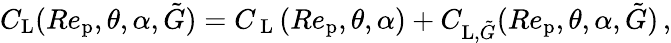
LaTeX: C_{\textup{L}}(Re_{\textup{p}},\theta,\alpha,\tilde{G})=C_{\mathrm{~L~}}(Re_{\textup{p}},\theta,\alpha)+C_{\textup{L},\tilde{G}}(Re_{\textup{p}},\theta,\alpha,\tilde{G})\, ,